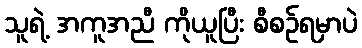
သူရဲ့ အကူအညီ ကိုယူပြီး စီစဉ်ရမှာပဲ